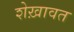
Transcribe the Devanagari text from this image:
शेख़ावत